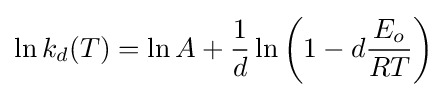
\ln k_{d}(T)=\ln {A}+{\frac {1}{d}}\ln \left(1-d{\frac {E_{o}}{RT}}\right)